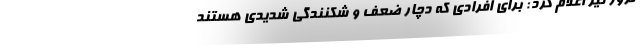
نروژ نیز اعلام کرد: برای افرادی که دچار ضعف و شکنندگی شدیدی هستند